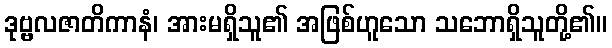
ဒုဗ္ဗလဇာတိကာနံ၊ အားမရှိသူ၏ အဖြစ်ဟူသော သဘောရှိသူတို့၏။